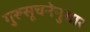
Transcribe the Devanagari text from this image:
गुरूसूचनेनुसार